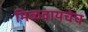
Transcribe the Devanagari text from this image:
मिळवायचेच